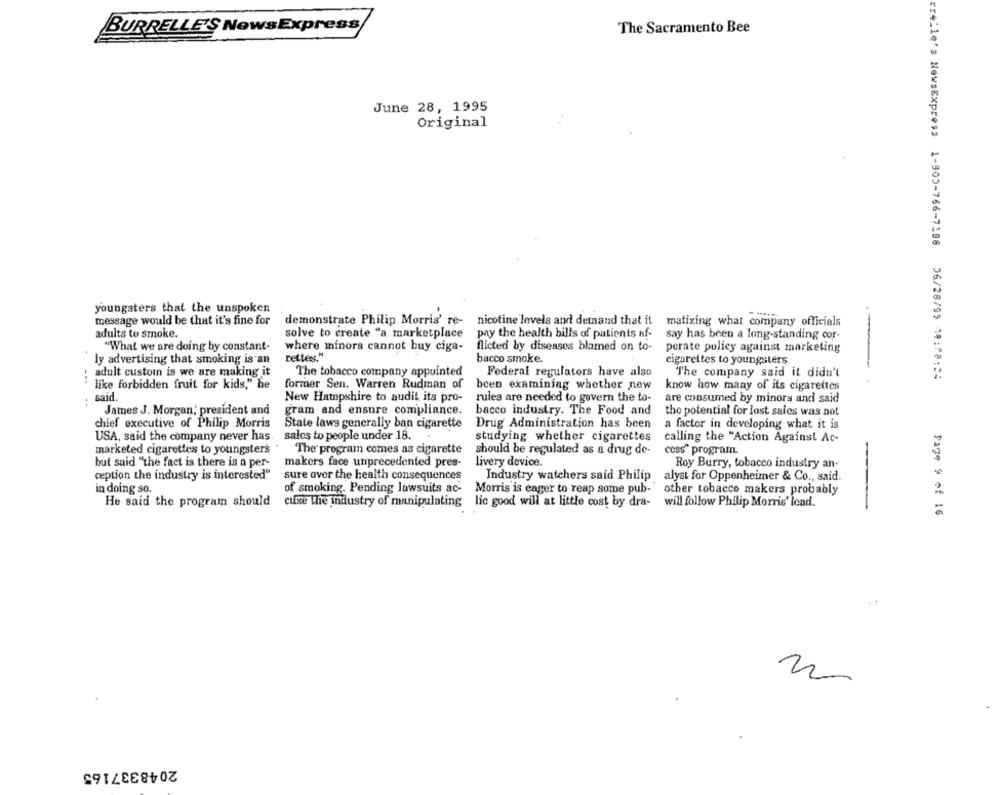
BURRELLE'S NowsExpress
The Sacramento Bee
June 28, 1995
Original
youngsters that the unspoken
message would be that it's fine for
demonstrate Philip Morris' re-
nicotine levels and demand that it
matizing what company officials
adults to smoke.
solve to create "a marketplace
pay the health bills of patients af-
say has been a long-standing cor-
"What we are doing by constant-
where minors cannot buy ciga-
flicted by diseases blamed on to-
porate policy against marketing
rettes."
bacco smoke.
ly advertising that smoking is an
cigarettes to youngsters.
adult custom is we are making it
The tobacco company appointed
Federal regulators have also
The company said it didn't
erelle's NewsExpress 1-800-766-7188 06/28/95 14:28:24
like forbidden fruit for kids," he
former Sen. Warren Rudman of
been examining whether new
know how many of its cigarettes
said.
New Hampshire to audit its pro-
rules are needed to govern the to-
are consumed by minors and said
James J. Morgan, president and
gram and ensure compliance.
bacco industry. The Food and
the potential for lost sales was not
chief executive of Philip Morris
State laws generally ban cigarette
Drug Administration has been
a factor in developing what it is
USA, said the company never has. salcs to people under 18.
studying whether cigarettes
calling the "Action Against Ac-
marketed cigarettes to youngsters
The program comes as cigarette
should be regulated as a drug de-
cess" programn.
livery device.
but said "the fact is there is a per-
makers face unprecedented pres-
Roy Burry, tobacco industry an-
ception the industry is interested"
sure over the health consequences
Industry watchers said Philip
alyst for Oppenheimer & Co ., said.
in doing so.
of smoking. Pending lawsuits ac-
Morris is eager to reap some pub- other tobacco makers probably
other tobacco makers probably
He said the program should
cuse the industry of manipulating lic good will at little cost by dra-
will follow Philip Morris' lead.
-
Page 9 of 16
. .
N
2048337165